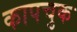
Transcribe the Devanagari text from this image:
कापचुक